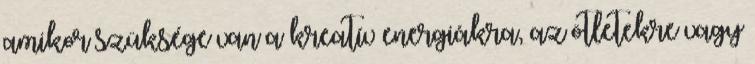
amikor szüksége van a kreatív energiákra, az ötletekre vagy